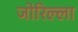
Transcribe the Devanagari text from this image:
जोरिल्ला